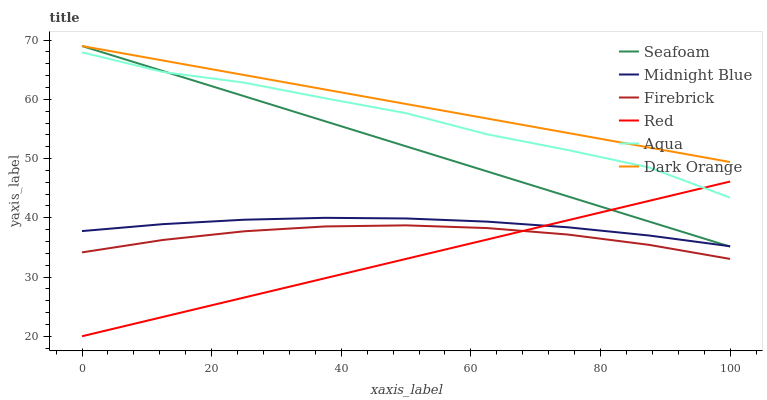
| xaxis_label | Seafoam | Midnight Blue | Firebrick | Red | Aqua | Dark Orange |
 | --- | --- | --- | --- | --- | --- | --- |
 | 0 | 69 | 37.8 | 34.2 | 20 | 67.9 | 69 |
 | 12.5 | 64.8 | 38.9 | 36.3 | 23.3 | 64.6 | 66.6 |
 | 25 | 60.5 | 39.7 | 37.7 | 26.5 | 62.8 | 64.1 |
 | 37.5 | 56.3 | 40 | 38.5 | 29.8 | 60.2 | 61.7 |
 | 50 | 52.1 | 39.9 | 38.7 | 33.1 | 57.7 | 59.2 |
 | 62.5 | 47.8 | 39.4 | 38.3 | 36.3 | 54.1 | 56.8 |
 | 75 | 43.6 | 38.4 | 37.2 | 39.6 | 51.4 | 54.3 |
 | 87.5 | 39.4 | 37 | 35.4 | 42.9 | 48.5 | 51.9 |
 | 100 | 35.1 | 35.2 | 33.1 | 46.1 | 43.4 | 49.4 |